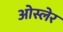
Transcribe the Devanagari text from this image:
ओस्लेर